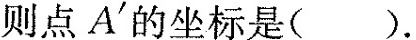
则点A'的坐标是()。